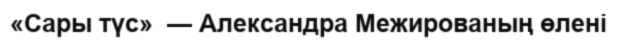
«Сары түс»  — Александра Межированың өлені